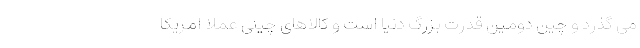
می گذرد و چین دومین قدرت بزرگ دنیا است و کالاهای چینی عملا امریکا